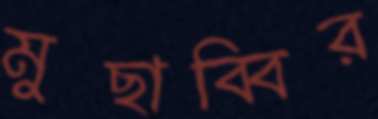
মুছাব্বির